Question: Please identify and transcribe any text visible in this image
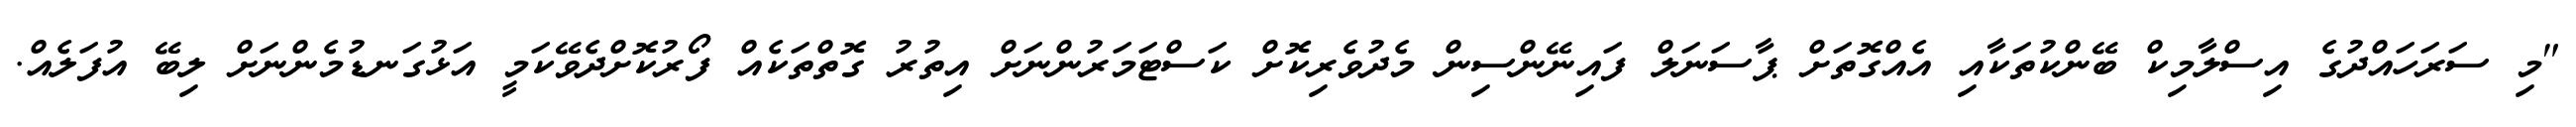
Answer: "މި ސަރަހައްދުގެ އިސްލާމިކް ބޭންކުތަކާއި އެއްގޮތަށް ޕާސަނަލް ފައިނޭންސިން މެދުވެރިކޮށް ކަސްޓަމަރުންނަށް އިތުރު ގޮތްތަކެއް ފޯރުކޮށްދެވޭކަމީ އަޅުގަނޑުމެންނަށް ލިބޭ އުފަލެއް.